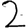
Digit: 2